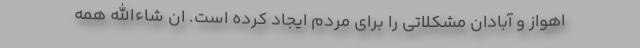
اهواز و آبادان مشکلاتی را برای مردم ایجاد کرده است. ان شاءالله همه